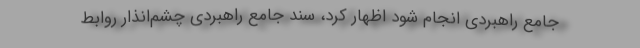
جامع راهبردی انجام شود اظهار کرد، سند جامع راهبردی چشم‌انذار روابط